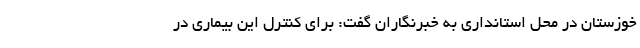
خوزستان در محل استانداری به خبرنگاران گفت: برای کنترل این بیماری در